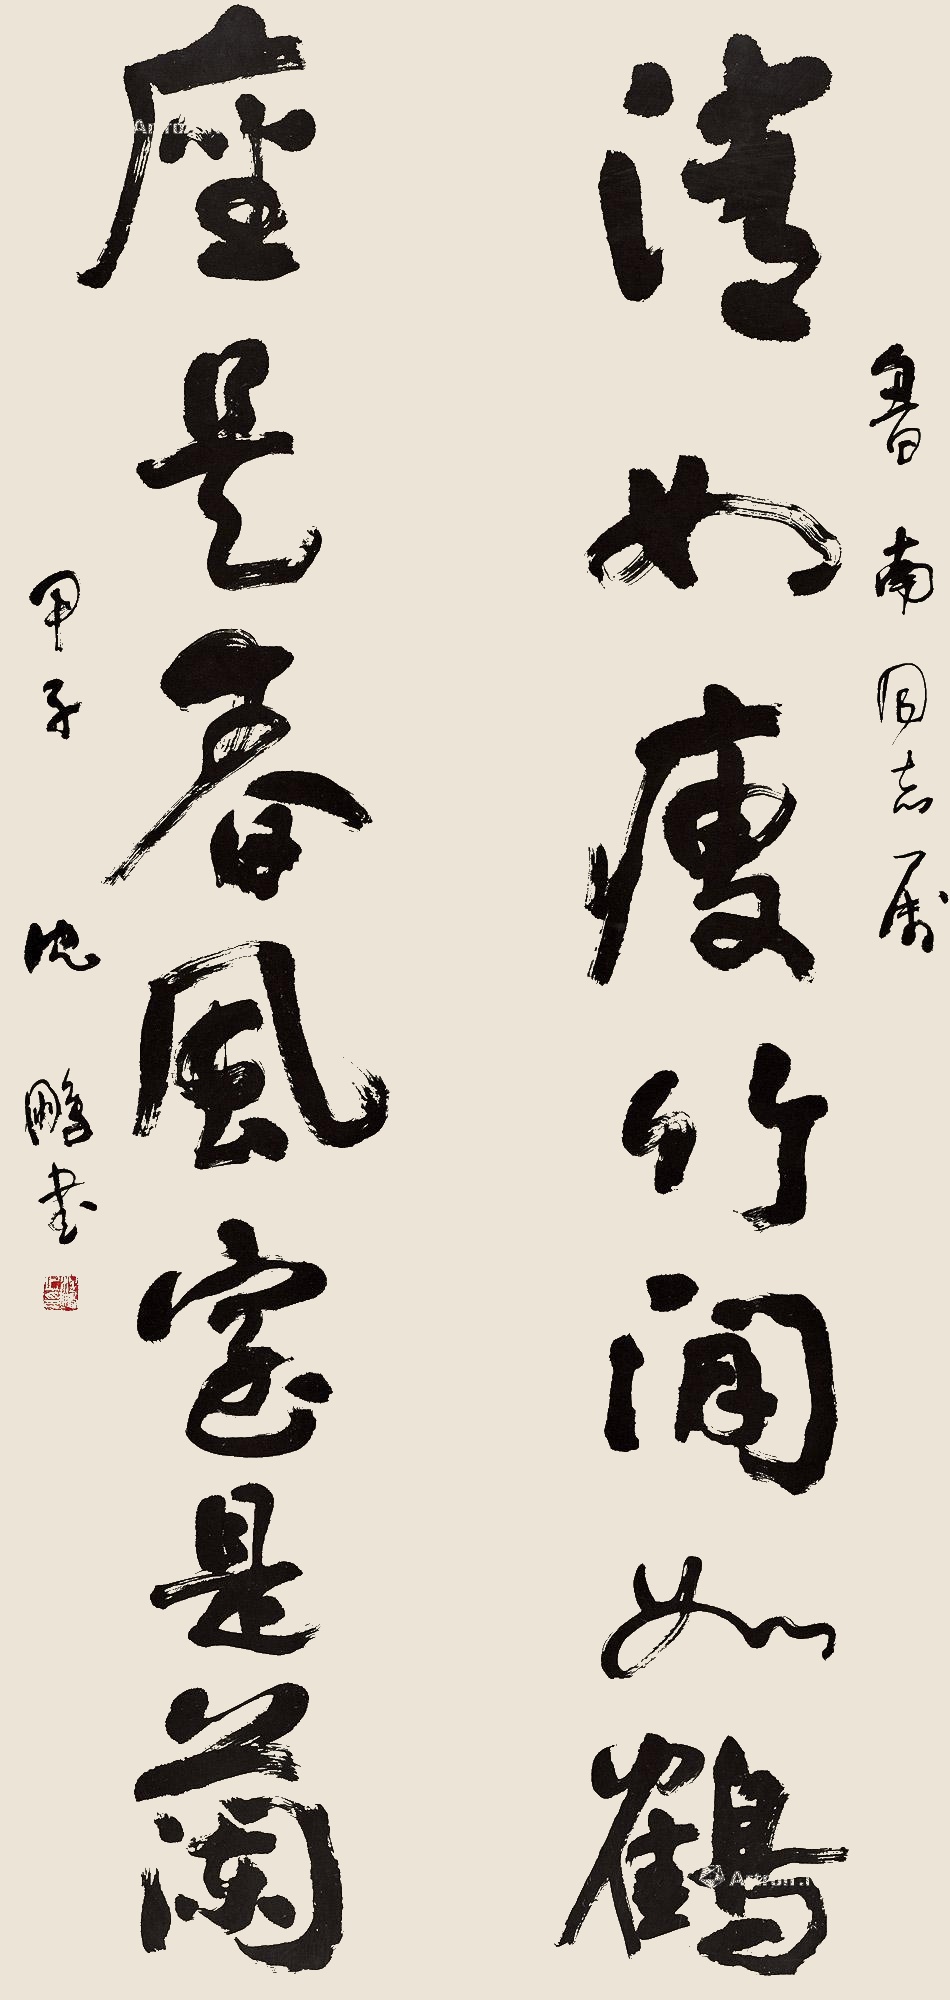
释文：清如瘦竹闲如鹤，座是春风室是兰。鲁南同志属，甲子沈鹏。